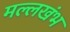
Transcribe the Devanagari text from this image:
मल्लखंभ